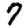
Digit: 7